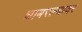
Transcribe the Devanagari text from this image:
घाबरल्यावर